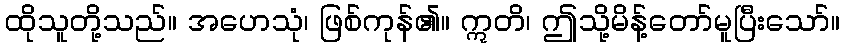
ထိုသူတို့သည်။ အဟေသုံ၊ ဖြစ်ကုန်၏။ ဣတိ၊ ဤသို့မိန့်တော်မူပြီးသော်။